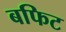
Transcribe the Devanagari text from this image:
बफिट